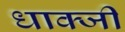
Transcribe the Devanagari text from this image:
धाक्जी